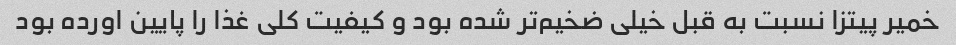
خمیر پیتزا نسبت به قبل خیلی ضخیم‌تر شده بود و کیفیت کلی غذا را پایین اورده بود